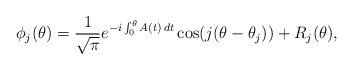
LaTeX: \begin{align*} \phi_j(\theta)=\frac1{\sqrt{\pi}}e^{-i\int_0^\theta A(t)\,dt}\cos(j(\theta-\theta_j))+R_j(\theta),\end{align*}